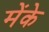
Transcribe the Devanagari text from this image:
मेंके